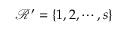
\mathcal { R } ^ { \prime } = \{ 1 , 2 , \cdots , s \}